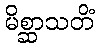
မိစ္ဆာသတိံ